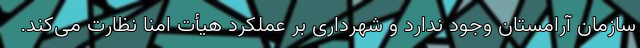
سازمان آرامستان وجود ندارد و شهرداری بر عملکرد هیأت امنا نظارت می‌کند.